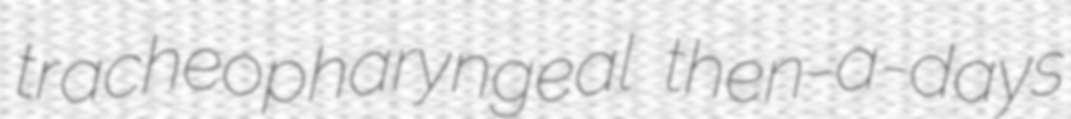
tracheopharyngeal then-a-days